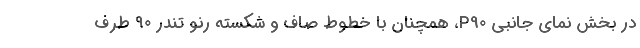
در بخش نمای جانبی P90، همچنان با خطوط صاف و شکسته رنو تندر ۹۰ طرف